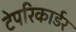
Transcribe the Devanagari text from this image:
टेपरिकार्डर